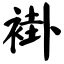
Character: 褂